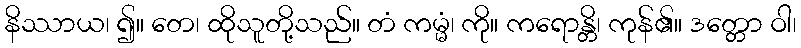
နိဿာယ၊ ၍။ တေ၊ ထိုသူတို့သည်။ တံ ကမ္မံ၊ ကို။ ကရောန္တိ၊ ကုန်၏။ ဒတ္တော ဝါ၊